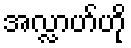
အလ္လာဟ်ဟို